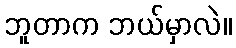
ဘူတာက ဘယ်မှာလဲ။